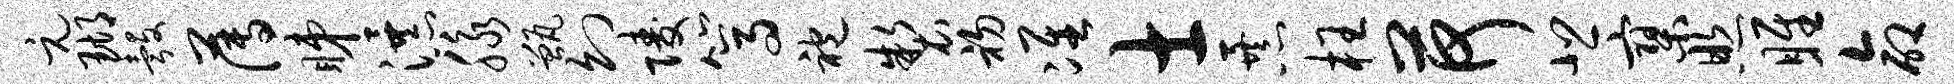
元瑚彀薄睇瀑脉甑幻陵篙袍制初准士暴枉荷悲寥照雎命